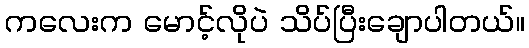
ကလေးက မောင့်လိုပဲ သိပ်ပြီးချောပါတယ်။